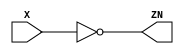
//
// Verilog description for a NOT-gate (inverter) using either a continuous
// assignment, a conditional assignment or a gate-primitive instantiation.  
//
// Luca Pacher - pacher@to.infn.it
// Spring 2020
//

// this is a C-style single-line comment


/*

this is another C-style comment
but distributed across multiple lines

*/


`timescale 1ns / 100ps     // specify time-unit and time-precision, this is only for simulation purposes

//
// Verilog-95 port declaration, but we will use Verilog-2001 in the course
//module Inverter (X, ZN) ;
//   wire X, ZN ;
//

module Inverter (

   input  wire X,
   output wire ZN ) ;      // using 'wire' in the port declaration is redundant, by default I/O ports are already considered WIRES unless otherwise specified

   // continuous assignment
   //assign ZN = ~X ;
   assign #3 ZN = ~X ;    // include 3ns propagation delay between input and output

   // conditional assignment (MUX-style)
   //assign ZN = (X == 1'b1) ? 1'b0 : 1'b1 ;   // **NOTE: same as ZN = (X) ? 1'b1 : 1'b0 ;

   // gate-primitive instantiation
   //not u1 (ZN, X) ;

endmodule